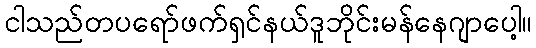
ငါသည်တပရော်ဖက်ရှင်နယ်ဒူဘိုင်းမန်နေဂျာပေါ့။